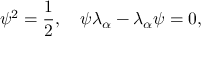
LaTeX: \psi ^ { 2 } = { \frac { 1 } { 2 } } , \quad \psi \lambda _ { \alpha } - \lambda _ { \alpha } \psi = 0 ,